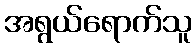
အရွယ်ရောက်သူ